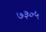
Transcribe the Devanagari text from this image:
७३०५